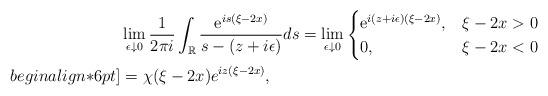
LaTeX: \begin{align*}&\lim _{\epsilon \downarrow 0} \frac{1}{2 \pi i} \int_{\mathbb{R}} \frac{\mathrm{e}^{i s(\xi-2x)}}{s- (z+i \epsilon)} d s=\lim _{\epsilon \downarrow0}\begin{cases}\mathrm{e}^{ i(z+i \epsilon)(\xi-2x)}, & \xi-2x>0 \\0, & \xi-2x<0\end{cases}\\begin{align*}6pt]&=\chi(\xi-2x)e^{iz(\xi-2x) },\end{align*}